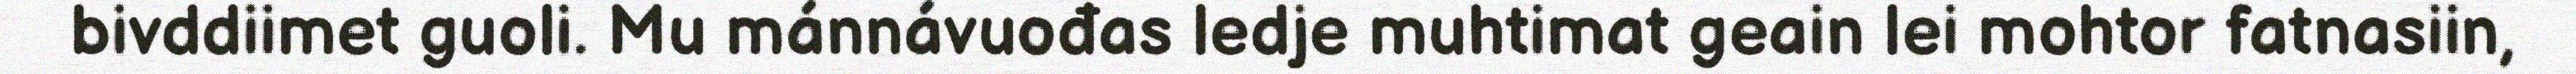
bivddiimet guoli. Mu mánnávuođas ledje muhtimat geain lei mohtor fatnasiin,